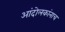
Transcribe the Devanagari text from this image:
आंदोलकांनाच